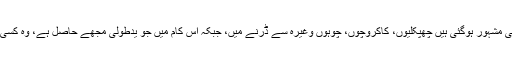
عورتیں بےچاریاں تو ویسے ہی مشہور ہوگئی ہیں چھپکلیوں، کاکروچوں، چوہوں وغیرہ سے ڈرنے میں، جبکہ اس کام میں جو یدطولی مجھے حاصل ہے، وہ کسی عورت کے بس کی بات نہیں۔